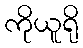
ကိုယူရို